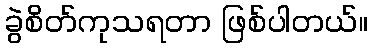
ခွဲစိတ်ကုသရတာ ဖြစ်ပါတယ်။